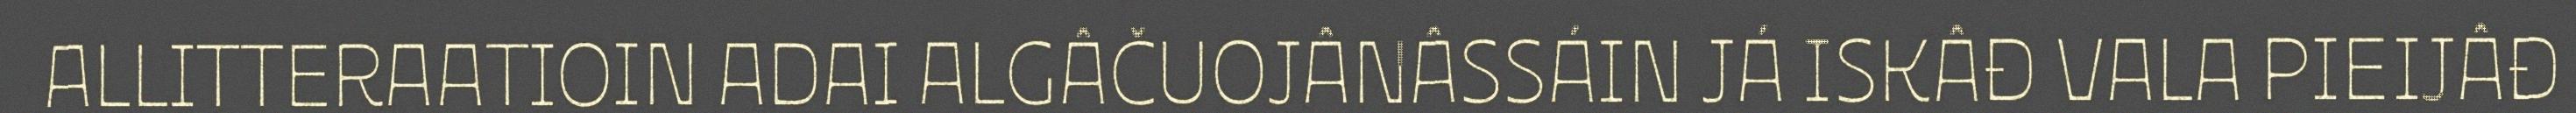
ALLITTERAATIOIN ADAI ALGÂČUOJÂNÂSSÁIN JÁ ISKÂĐ VALA PIEIJÂĐ